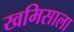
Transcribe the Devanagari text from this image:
खमिसाला